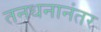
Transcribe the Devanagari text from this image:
तनधनानंतर